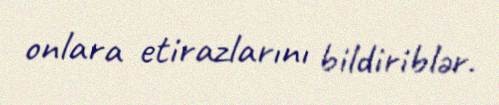
onlara etirazlarını bildiriblər.